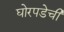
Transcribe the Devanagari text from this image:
घोरपडेची